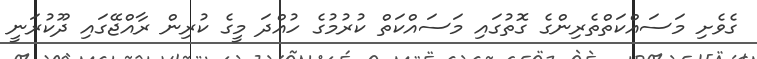
ގެވެށި މަސައްކަތްތެރިންގެ ގޮތުގައި މަސައްކަތް ކުރުމުގެ ހުއްދަ މީގެ ކުރިން ރާއްޖޭގައި ދޫކުރަނީ